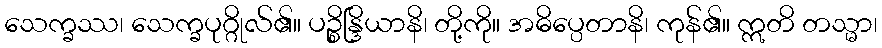
သေက္ခဿ၊ သေက္ခပုဂ္ဂိုလ်၏။ ပဉ္စိန္ဒြိယာနိ၊ တို့ကို။ အဓိပ္ပေတာနိ၊ ကုန်၏။ ဣတိ တသ္မာ၊